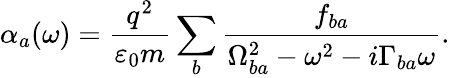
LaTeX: \alpha_{a}(\omega)=\frac{q^{2}}{\varepsilon_{0}m}\sum_{b}\frac{f_{ba}}{\Omega_{ba}^{2}-\omega^{2}-i\Gamma_{ba}\omega}.